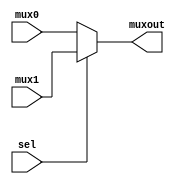
`timescale 1ns / 1ps
//////////////////////////////////////////////////////////////////////////////////
// Company: 
// Engineer: 
// 
// Design Name: 
// Module Name: MUX_2_1
// Project Name: 
// Target Devices: 
// Tool Versions: 
// Description: 
// 
// Dependencies: 
// 
// Revision:
// Revision 0.01 - File Created
// Additional Comments:
// 
//////////////////////////////////////////////////////////////////////////////////


module MUX_2_1(
    input [31: 0] mux0,
    input [31: 0] mux1,
    input sel,
    output [31: 0] muxout
    );
    assign muxout = sel ? mux1: mux0;
endmodule